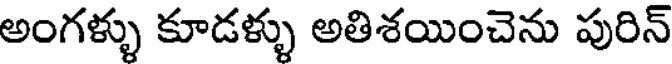
అంగళ్ళు కూడళ్ళు అతిశయించెను పురిన్